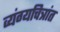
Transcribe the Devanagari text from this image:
व्यंग्यचित्रांत